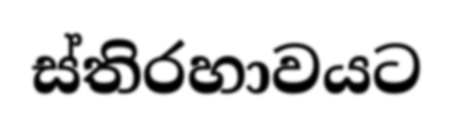
ස්තිරහාවයට